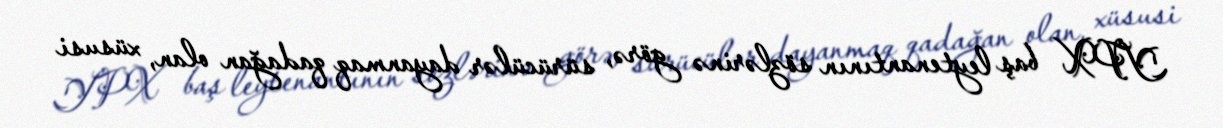
YPX baş leytenantının sözlərinə görə, sürücülər dayanmaq qadağan olan, xüsusi